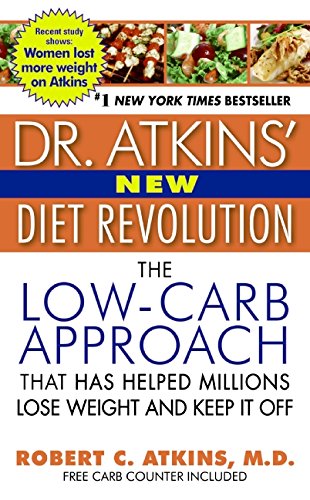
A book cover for Dr. Atkins' New Diet Revolution; Robert C. Atkins; Health, Fitness & Dieting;